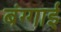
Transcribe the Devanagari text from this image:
बंग्गाई